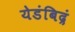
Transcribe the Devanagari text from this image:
येडंबिद्रं